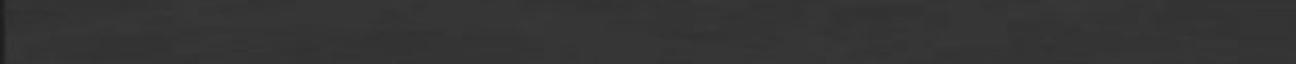
belépés szükséges 7 hozzászólás "Ossian: A Tűz jegyében" 1.